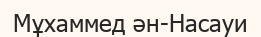
Мұхаммед ән-Насауи